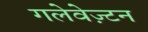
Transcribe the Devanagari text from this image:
गलेवेज़्टन